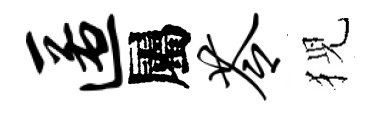
匿屬苓猊